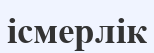
ісмерлік